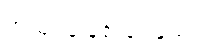
အသုံးပြုခြင်းခံရသော